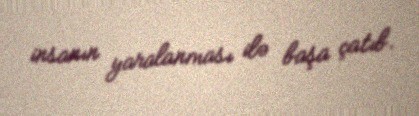
insanın yaralanması ilə başa çatıb.